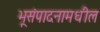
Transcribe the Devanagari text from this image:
भूसंपादनामधील